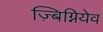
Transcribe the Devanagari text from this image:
ज़्बिग्नियेव